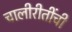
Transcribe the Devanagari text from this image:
चालीरीतींची